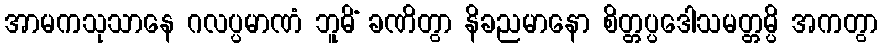
အာမကသုသာနေ ဂလပ္ပမာဏံ ဘူမိံ ခဏိတွာ နိခညမာနော စိတ္တပ္ပဒေါသမတ္တမ္ပိ အကတွာ